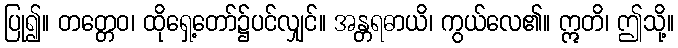
ပြု၍။ တတ္တေဝ၊ ထိုရှေ့တော်၌ပင်လျှင်။ အန္တရဓာယိ၊ ကွယ်လေ၏။ ဣတိ၊ ဤသို့။